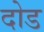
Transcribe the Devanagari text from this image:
दोड